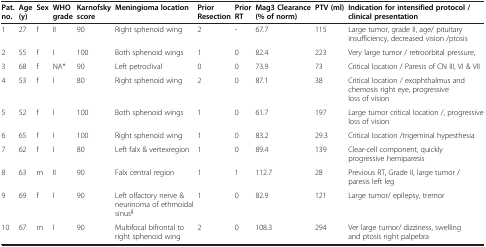
| Pat. no. | Age (y) | Sex | WHO grade | Karnofsky score | Meningioma location | Prior Resection | Prior RT | Mag3 Clearance (% of norm) | PTV (ml) | Indication for intensified protocol / clinical presentation |
 | --- | --- | --- | --- | --- | --- | --- | --- | --- | --- | --- |
 | 1 | 27 | f | II | 90 | Right sphenoid wing | 2 | - | 67.7 | 115 | Large tumor, grade II, age/ pituitary insufficiency, decreased vision /ptosis |
 | 2 | 55 | f | I | 100 | Both sphenoid wings | 1 | 0 | 82.4 | 223 | Very large tumor / retroorbital pressure, |
 | 3 | 68 | f | NA* | 90 | Left petroclival | 0 | 0 | 73.9 | 73 | Critical location / Paresis of CN III, VI & VII |
 | 4 | 53 | f | I | 80 | Right sphenoid wing | 2 | 0 | 87.1 | 38 | Critical location / exophthalmus and chemosis right eye, progressive loss of vision |
 | 5 | 52 | f | I | 100 | Both sphenoid wings | 1 | 0 | 61.7 | 197 | Large tumor critical location /, progressive loss of vision |
 | 6 | 65 | f | I | 100 | Right sphenoid wing | 1 | 0 | 83.2 | 29.3 | Critical location /trigeminal hypesthesia |
 | 7 | 62 | f | I | 80 | Left falx & vertexregion | 1 | 0 | 89.4 | 139 | Clear-cell component, quickly progressive hemiparesis |
 | 8 | 63 | m | II | 90 | Falx central region | 1 | 1 | 112.7 | 28 | Previous RT, Grade II, large tumor / paresis left leg |
 | 9 | 69 | f | I | 90 | Left olfactory nerve & neurinoma of ethmoidal sinus§ | 1 | 0 | 82.9 | 121 | Large tumor/ epilepsy, tremor |
 | 10 | 67 | m | I | 90 | Multifocal bifrontal to right sphenoid wing | 2 | 0 | 108.3 | 294 | Ver large tumor/ dizziness, swelling and ptosis right palpebra |